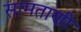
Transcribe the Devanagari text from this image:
सामताणी